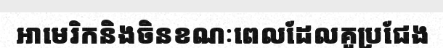
អាមេរិកនិងចិនខណៈពេលដែលគូប្រជែង